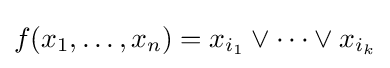
f(x_{1},\ldots ,x_{n})=x_{i_{1}}\lor \cdots \lor x_{i_{k}}